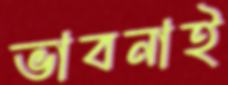
ভাবনাই